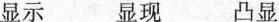
显示 显现 凸显